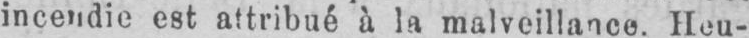
incendie est attribué à la malveillance. Heu-